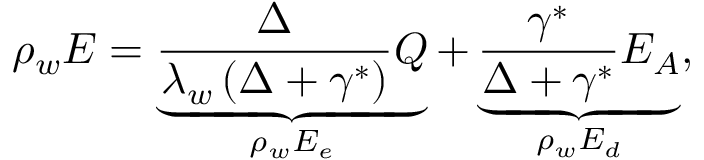
\rho _ { w } E = \underbrace { \frac { \Delta } { \lambda _ { w } \left( \Delta + \gamma ^ { * } \right) } Q } _ { \rho _ { w } E _ { e } } + \underbrace { \frac { \gamma ^ { * } } { \Delta + \gamma ^ { * } } E _ { A } } _ { \rho _ { w } E _ { d } } ,